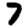
Digit: 7